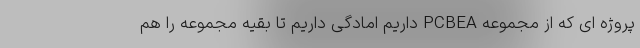
پروژه ای که از مجموعه PCBEA داریم امادگی داریم تا بقیه مجموعه را هم